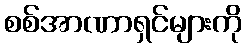
စစ်အာဏာရှင်များကို